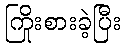
ကြိုးစားခဲ့ပြီး